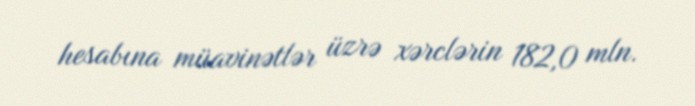
hesabına müavinətlər üzrə xərclərin 182,0 mln.